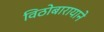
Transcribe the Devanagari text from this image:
विठोबारायाने